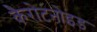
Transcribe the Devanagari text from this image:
कैरोटनोइड